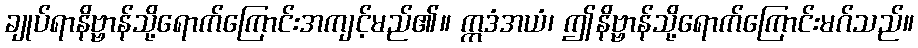
ချုပ်ရာနိဗ္ဗာန်သို့ရောက်ကြောင်းအကျင့်မည်၏။ ဣဒံအယံ၊ ဤနိဗ္ဗာန်သို့ရောက်ကြောင်းမဂ်သည်။